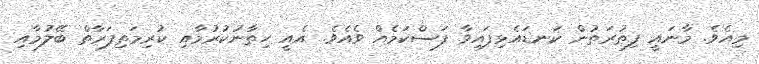
މިއެވެ. މާނައީ ފިޠުރަތުން ކަނޑައެޅިފައިވާ ފަސްކަމެއް ވެއެވެ. އެއީ ހިތާނުކުރުމާއި ކުރިމަތިފަރާތް ބޭލުމާއި